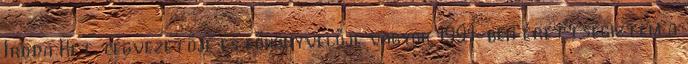
Iroda Kft. cégvezetője és főkönyvelője vagyok 1991-ben érettségiztem a